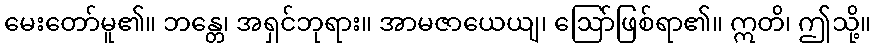
မေးတော်မူ၏။ ဘန္တေ၊ အရှင်ဘုရား။ အာမဇာယေယျ၊ ဩော်ဖြစ်ရာ၏။ ဣတိ၊ ဤသို့။